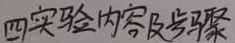
四 实验内容及步骤